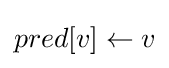
pred[v]\gets v